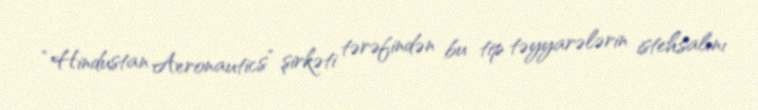
“Hindustan Aeronautics” şirkəti tərəfindən bu tip təyyarələrin istehsalını